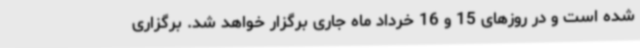
شده است و در روزهای 15 و 16 خرداد ماه جاری برگزار خواهد شد. برگزاری